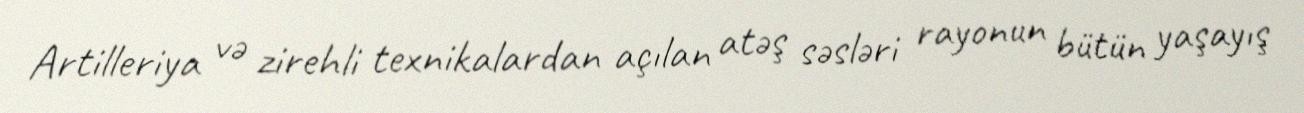
Artilleriya və zirehli texnikalardan açılan atəş səsləri rayonun bütün yaşayış